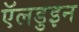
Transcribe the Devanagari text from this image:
ऍलडुइन